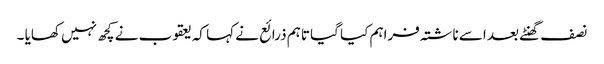
نصف گھنٹے بعد اسے ناشتہ فراہم کیا گیا تاہم ذرائع نے کہا کہ یعقوب نے کچھ نہیں کھایا ۔